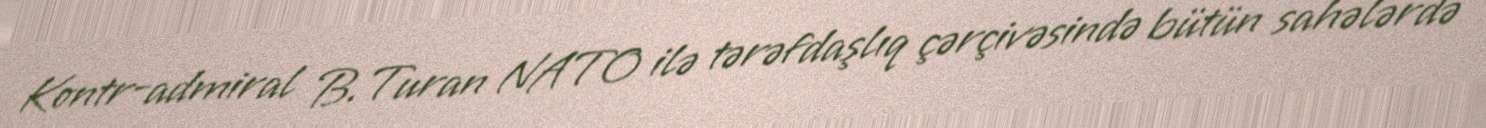
Kontr-admiral B.Turan NATO ilə tərəfdaşlıq çərçivəsində bütün sahələrdə